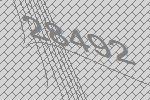
28492